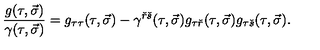
{ \frac { g ( \tau , \vec { \sigma } ) } { \gamma ( \tau , \vec { \sigma } ) } } = g _ { \tau \tau } ( \tau , \vec { \sigma } ) - \gamma ^ { { \check { r } } { \check { s } } } ( \tau , \vec { \sigma } ) g _ { \tau { \check { r } } } ( \tau , \vec { \sigma } ) g _ { \tau { \check { s } } } ( \tau , \vec { \sigma } ) .